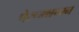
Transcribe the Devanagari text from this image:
पेरूम्थच्चन